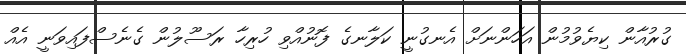
ގުރުއާން ކިޔެވުމުން އަހަންނަށް އެނގުނީ ކަލާނގެ ފޮނުއްވި ހުރިހާ ރަސޫލުން ގެނެސްފައިވަނީ އެއް